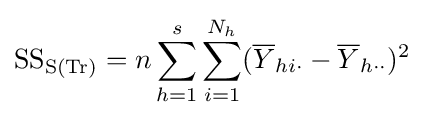
{\text{SS}}_{{\text{S}}({\text{Tr}})}=n\sum _{h=1}^{s}\sum _{i=1}^{N_{h}}({\overline {Y}}_{hi\cdot }-{\overline {Y}}_{h\cdot \cdot })^{2}